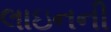
લાઇનની